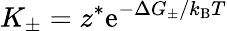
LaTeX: K_{\pm}=z^{*}\mathrm{e}^{-\Delta G_{\pm}/k_{\mathrm{B}}T}